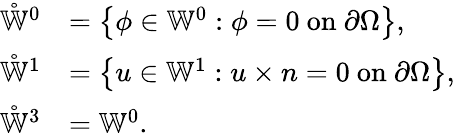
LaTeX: \begin{array}{rl}{\mathring{\mathbb{W}}^{0}}&{=\left\{ \phi\in\mathbb{W}^{0}:\phi=0\mathrm{~on~}\partial\Omega\right\} ,}\\ {\mathring{\mathbb{W}}^{1}}&{=\left\{ u\in\mathbb{W}^{1}:u\times n=0\mathrm{~on~}\partial\Omega\right\} ,}\\ {\mathring{\mathbb{W}}^{3}}&{=\mathbb{W}^{0}.}\end{array}